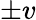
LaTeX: \pm v